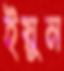
ইয়ুন